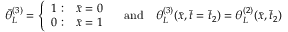
\bar { \theta } _ { L } ^ { ( 3 ) } = \left\{ \begin{array} { l l } { 1 \, \, { : } } & { \bar { x } = 0 } \\ { 0 \, \, { : } } & { \bar { x } = 1 } \end{array} \right. \quad \mathrm { a n d } \quad \theta _ { L } ^ { ( 3 ) } ( \bar { x } , \bar { t } = \bar { t } _ { 2 } ) = \theta _ { L } ^ { ( 2 ) } ( \bar { x } , \bar { t } _ { 2 } )